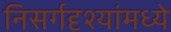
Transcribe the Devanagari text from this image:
निसर्गदृश्यांमध्ये